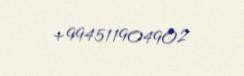
+994511904902